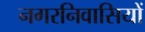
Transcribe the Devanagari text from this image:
नगरनिवासियों